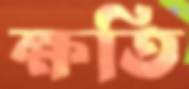
ক্ষতি